Assam Mental Hospital (Tezpur, India) - 1933-1948
Year: 1933
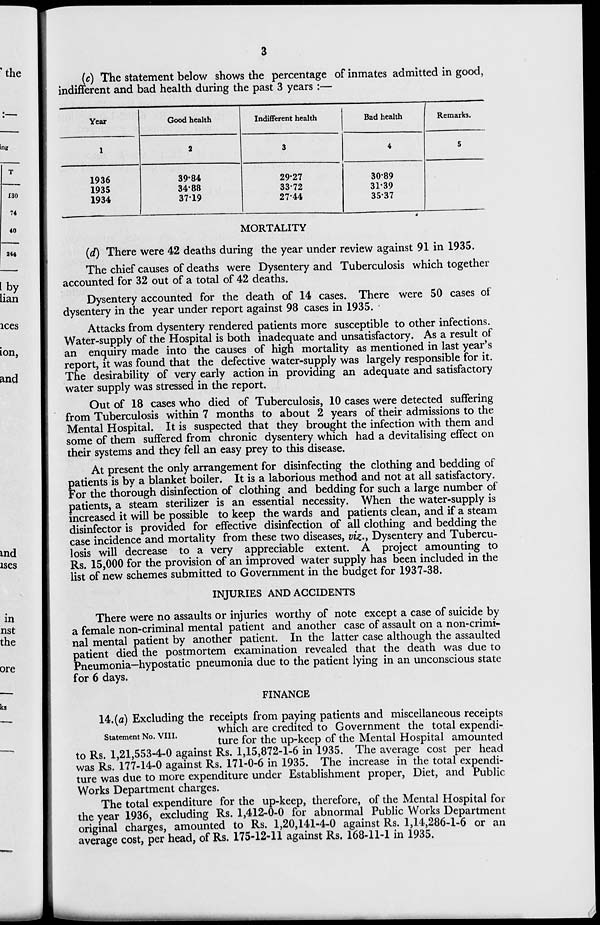
3
(c) The statement below shows the percentage of inmates admitted in good,
indifferent and bad health during the past 3 years:—
Year
1
1936
1935
1934
Good health
2
39.84
34.88
37.19
Indifferent health
3
29.27
33.72
27.44
Bad health
4
30.89
31.39
35.37
Remarks.
5
MORTALITY
(d) There were 42 deaths during the year under review against 91 in 1935.
The chief causes of deaths were Dysentery and Tuberculosis which together
accounted for 32 out of a total of 42 deaths.
Dysentery accounted for the death of 14 cases. There were 50 cases of
dysentery in the year under report against 98 cases in 1935.
Attacks from dysentery rendered patients more susceptible to other infections.
Water-supply of the Hospital is both inadequate and unsatisfactory. As a result of
an enquiry made into the causes of high mortality as mentioned in last year's
report, it was found that the defective water-supply was largely responsible for it.
The desirability of very early action in providing an adequate and satisfactory
water supply was stressed in the report.
Out of 18 cases who died of Tuberculosis, 10 cases were detected suffering
from Tuberculosis within 7 months to about 2 years of their admissions to the
Mental Hospital. It is suspected that they brought the infection with them and
some of them suffered from chronic dysentery which had a devitalising effect on
their systems and they fell an easy prey to this disease.
At present the only arrangement for disinfecting the clothing and bedding of
patients is by a blanket boiler. It is a laborious method and not at all satisfactory.
For the thorough disinfection of clothing and bedding for such a large number of
patients, a steam sterilizer is an essential necessity. When the water-supply is
increased it will be possible to keep the wards and patients clean, and if a steam
disinfector is provided for effective disinfection of all clothing and bedding the
case incidence and mortality from these two diseases, viz., Dysentery and Tubercu-
losis will decrease to a very appreciable extent. A project amounting to
Rs. 15,000 for the provision of an improved water supply has been included in the
list of new schemes submitted to Government in the budget for 1937-38.
INJURIES AND ACCIDENTS
There were no assaults or injuries worthy of note except a case of suicide by
a female non-criminal mental patient and another case of assault on a non-crimi-
nal mental patient by another patient. In the latter case although the assaulted
patient died the postmortem examination revealed that the death was due to
Pneumonia—hypostatic pneumonia due to the patient lying in an unconscious state
for 6 days.
FINANCE
Statement No. VIII.
14. (a) Excluding the receipts from paying patients and miscellaneous receipts
which are credited to Government the total expendi-
ture for the up-keep of the Mental Hospital amounted
to Rs. 1,21,553-4-0 against Rs. 1,15,872-1-6 in 1935. The average cost per head
was Rs. 177-14-0 against Rs. 171-0-6 in 1935. The increase in the total expendi-
ture was due to more expenditure under Establishment proper, Diet, and Public
Works Department charges.
The total expenditure for the up-keep, therefore, of the Mental Hospital for
the year 1936, excluding Rs. 1,412-0-0 for abnormal Public Works Department
original charges, amounted to Rs. 1,20,141-4-0 against Rs. 1,14,286-1-6 or an
average cost, per head, of Rs. 175-12-11 against Rs. 168-11-1 in 1935.